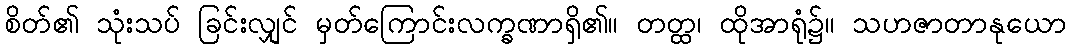
စိတ်၏ သုံးသပ် ခြင်းလျှင် မှတ်ကြောင်းလက္ခဏာရှိ၏။ တတ္ထ၊ ထိုအာရုံ၌။ သဟဇာတာနုယော